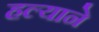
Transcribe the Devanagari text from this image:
हल्याने